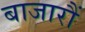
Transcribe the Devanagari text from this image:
बाजारौं